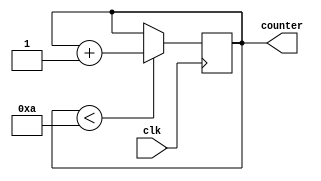
`timescale 1ns / 1ps


module debouncing_clock(input clk, output reg [3:0] counter = 0);
    
    always @ (posedge clk)
    
    begin
        if(counter < 10) 
        begin
            counter <= counter + 1;
        end
    end
endmodule

// readme 
// if topstudent clock is 1000hz and counter clock is 100hz 
// this means top student refreshes every 1ms and counter clock need to count 10 times -> 10ms